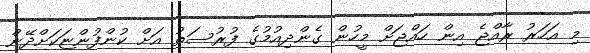
މި އަހަރު ރާއްޖެ އިން ހައްޖަށް މީހުން ގެންދިއުމުގެ ފުރުސަތު އަށް ކުންފުންޏަކަށްދޭން